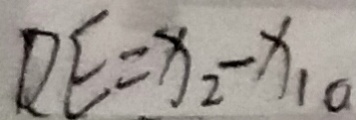
D E = x _ { 2 } - x _ { 1 } 。